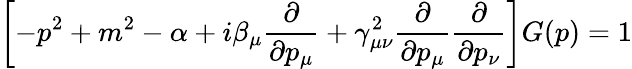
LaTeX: \left[-p^{2}+m^{2}-\alpha+i\beta_{\mu}\frac{\partial}{\partial p_{\mu}}+\gamma_{\mu\nu}^{2}\frac{\partial}{\partial p_{\mu}}\frac{\partial}{\partial p_{\nu}}\right]G(p)=1